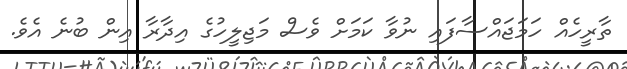
ތާރީހެއް ހަމަޖައްސާފައި ނުވާ ކަމަށް ވެސް މަޖިލީހުގެ އިދާރާ އިން ބުނެ އެވެ.